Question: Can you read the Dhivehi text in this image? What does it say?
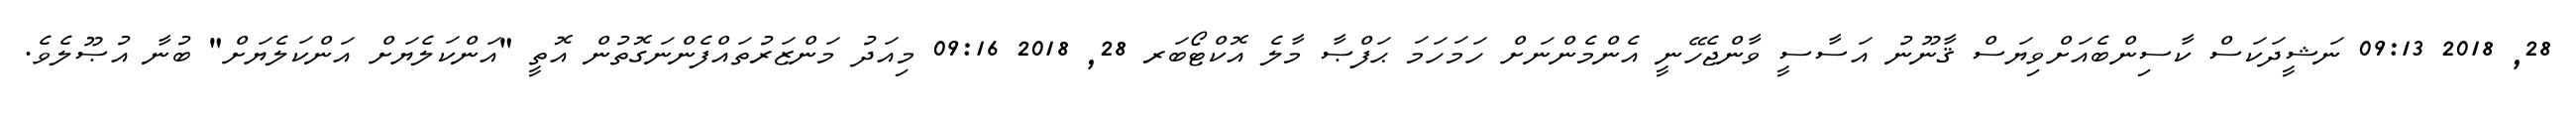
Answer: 28, 2018 09:13 ނަޝީދަކަސް ކާސިންބެއަށްވިޔަސް ޤާނޫނު އަސާސީ ވާންޖެހޭނީ އެންމެންނަށް ހަމަހަމަ ޙަފްޞާ މާލެ އޮކްޓޯބަރ 28, 2018 09:16 މިއަދު މަންޒަރުތައްފެންނަގޮތުން އޮތީ "އަންކަލެޔަށް އަންކަލެޔަށް" ބުނާ އުޞޫލެވެ.